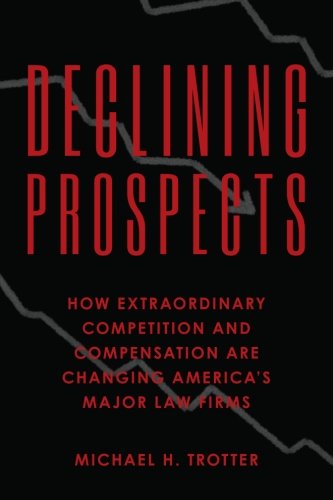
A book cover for Declining Prospects: How Extraordinary Competition and Compensation Are Changing America's Major Law Firms; Michael H. Trotter; Law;